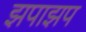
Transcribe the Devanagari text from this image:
झपाझप